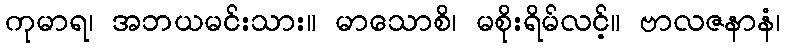
ကုမာရ၊ အဘယမင်းသား။ မာသောစိ၊ မစိုးရိမ်လင့်။ ဗာလဇနာနံ၊